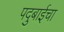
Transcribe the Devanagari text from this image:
पदुबाईचा